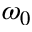
\omega _ { 0 }